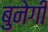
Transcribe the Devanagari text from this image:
बुनेगी